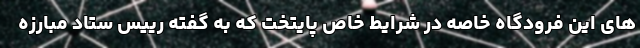
های این فرودگاه خاصه در شرایط خاص پایتخت که به گفته رییس ستاد مبارزه